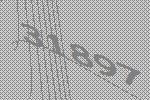
31897